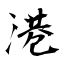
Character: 港